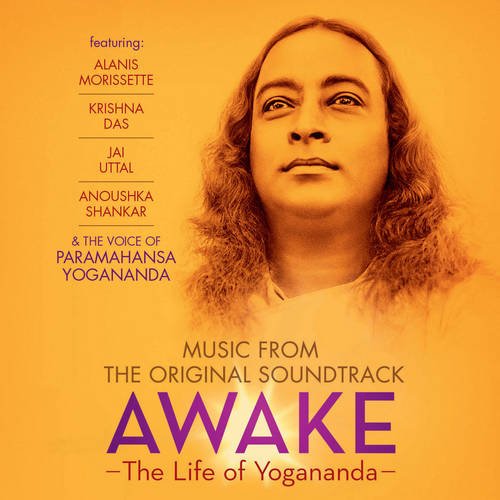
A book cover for Awake: the Life of Yogananda - Music from the Original Soundtrack; Christian Books & Bibles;